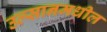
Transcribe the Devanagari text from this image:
उल्सानमधील